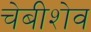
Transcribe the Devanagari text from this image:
चेबीशेव